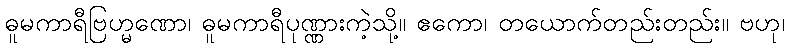
ဓူမကာရီဗြဟ္မဏော၊ ဓူမကာရီပုဏ္ဏားကဲ့သို့။ ဧကော၊ တယောက်တည်းတည်း။ ဗဟု၊